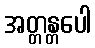
အတ္တန္တပေါ